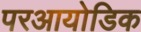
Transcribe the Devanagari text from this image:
परआयोडिक